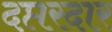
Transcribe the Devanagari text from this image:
दप्तरदार